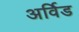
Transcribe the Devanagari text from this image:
अर्विड